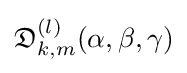
{\mathfrak {D}}_{k,m}^{(l)}(\alpha ,\beta ,\gamma )